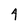
Character: 4